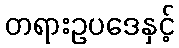
တရားဥပဒေနှင့်